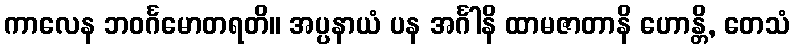
ကာလေန ဘဝင်္ဂမောတရတိ။ အပ္ပနာယံ ပန အင်္ဂါနိ ထာမဇာတာနိ ဟောန္တိ, တေသံ